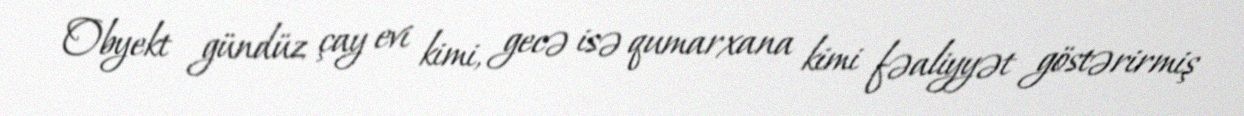
Obyekt gündüz çay evi kimi, gecə isə qumarxana kimi fəaliyyət göstərirmiş